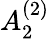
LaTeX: {A}_{2}^{(2)}